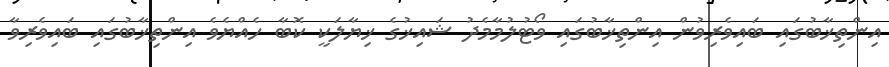
އިންތިޚާބުގައި ބައިވެރިވުން އިންތިޚާބުގައި ވޯޓުލުމާމެދު ޝައިޚުގެ ޚިޔާލަކީ ކޮބާ ހެއްޔެވެ އިންތިޚާބުގައި ބައިވެރިވާ